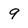
Character: 9